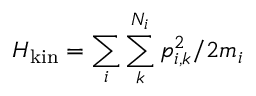
H _ { \mathrm { k i n } } = \sum _ { i } \sum _ { k } ^ { N _ { i } } p _ { i , k } ^ { 2 } / 2 m _ { i }